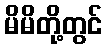
မိမိတို့တွင်